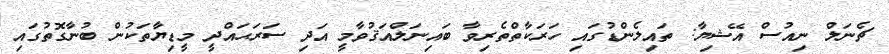
ޗެނަލް ނިއުސް އޭޝިޔާ: ތައިލެންޑުގައި ހަރަކާތްތެރިވާ ބައިނަލްއަޤުވާމީ އަދި ސަރަޙައްދީ މީޑިޔާތަކުން ބުނާގޮތުގައި